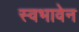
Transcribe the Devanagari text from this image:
स्वभावेन